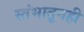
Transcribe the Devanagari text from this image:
स्तंभातूनही